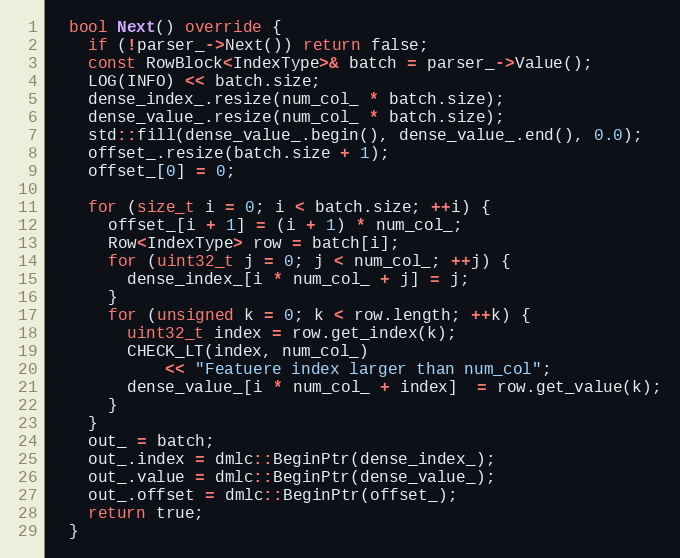
Language: C++
  bool Next() override {
    if (!parser_->Next()) return false;
    const RowBlock<IndexType>& batch = parser_->Value();
    LOG(INFO) << batch.size;
    dense_index_.resize(num_col_ * batch.size);
    dense_value_.resize(num_col_ * batch.size);
    std::fill(dense_value_.begin(), dense_value_.end(), 0.0);
    offset_.resize(batch.size + 1);
    offset_[0] = 0;

    for (size_t i = 0; i < batch.size; ++i) {
      offset_[i + 1] = (i + 1) * num_col_;
      Row<IndexType> row = batch[i];
      for (uint32_t j = 0; j < num_col_; ++j) {
        dense_index_[i * num_col_ + j] = j;
      }
      for (unsigned k = 0; k < row.length; ++k) {
        uint32_t index = row.get_index(k);
        CHECK_LT(index, num_col_)
            << "Featuere index larger than num_col";
        dense_value_[i * num_col_ + index]  = row.get_value(k);
      }
    }
    out_ = batch;
    out_.index = dmlc::BeginPtr(dense_index_);
    out_.value = dmlc::BeginPtr(dense_value_);
    out_.offset = dmlc::BeginPtr(offset_);
    return true;
  }